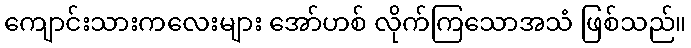
ကျောင်းသားကလေးများ အော်ဟစ် လိုက်ကြသောအသံ ဖြစ်သည်။